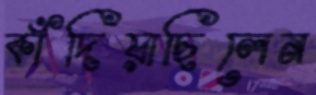
কাঁদিয়াছিলেন